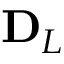
\mathbf { D } _ { L }